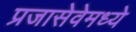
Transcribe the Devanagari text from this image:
प्रजासेवेमध्ये